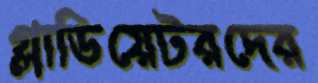
গ্লাডিয়েটরদের